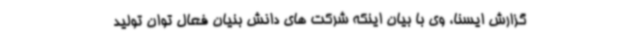
گزارش ایسنا، وی با بیان اینکه شرکت های دانش بنیان فعال توان تولید